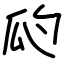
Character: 瓝